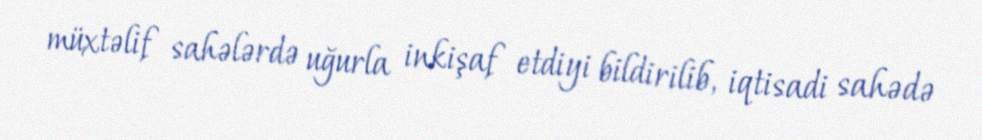
müxtəlif sahələrdə uğurla inkişaf etdiyi bildirilib, iqtisadi sahədə